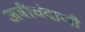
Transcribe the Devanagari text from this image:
अबीचंदाणी